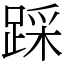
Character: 踩